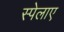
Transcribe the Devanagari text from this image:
स्पेलाए